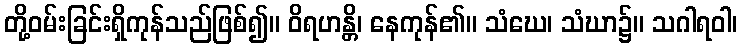
တို့ဝမ်းခြင်းရှိကုန်သည်ဖြစ်၍။ ဝိရဟန္တိ၊ နေကုန်၏။ သံဃေ၊ သံဃာ၌။ သဂါရဝါ၊